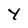
Character: Y